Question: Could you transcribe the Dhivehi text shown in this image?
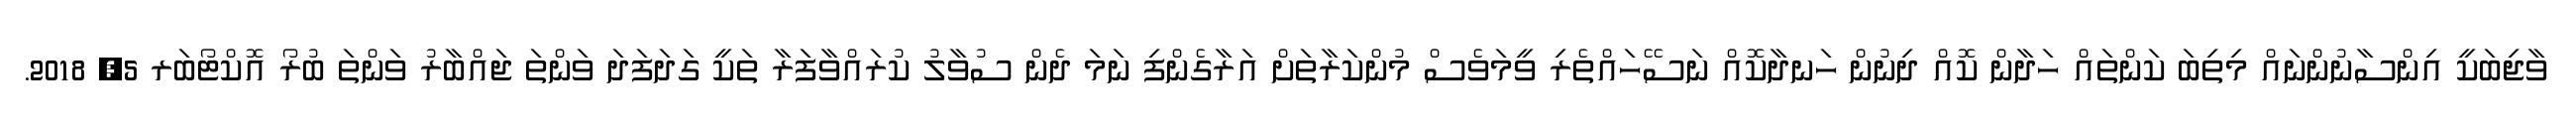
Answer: ވާޖިބަކީ އިންސާނުންނައް މިތިބަ ކަންތައް ހަދާން ކޮއް ދިނުން ހަނދާކޮއް ނަސޭހައްތެރި ވީމަވެސް މުންކަރާތަށް އަރާގެންފި ނަމަ ދެން ސުވާލު ކުރައްވާފަރާ ތަކީ ގަދަފަދަ ވަންތަ ޖައްބާރު ވަންތަ ބުރޯ އޮކްޓޯބަރ 5, 2018.